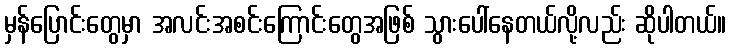
မှန်ပြောင်းတွေမှာ အလင်းအစင်းကြောင်းတွေအဖြစ် သွားပေါ်နေတယ်လို့လည်း ဆိုပါတယ်။